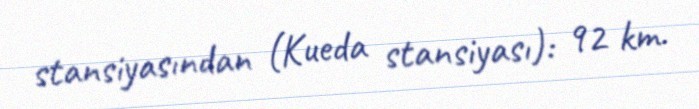
stansiyasından (Kueda stansiyası): 92 km.